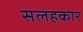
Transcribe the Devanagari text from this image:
सलहकार